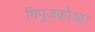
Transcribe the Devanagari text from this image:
गिपुज़कोआ।